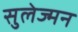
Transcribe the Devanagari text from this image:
सुलेज्मन